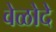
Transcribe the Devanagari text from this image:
वेळोदे